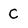
Character: C